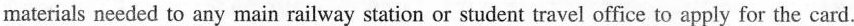
materials needed to any main railway station or student travel office to apply for the card.